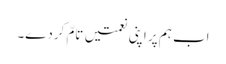
اب ہم پر اپنی نعمتیں تامّ کردے۔